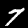
Label: 7